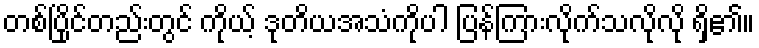
တစ်ပြိုင်တည်းတွင် ကိုယ့် ဒုတိယအသံကိုပါ ပြန်ကြားလိုက်သလိုလို ရှိ၏။